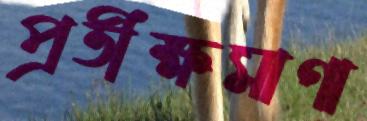
প্রতীক্ষমাণা